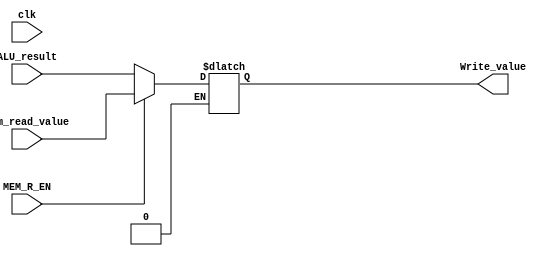
module WB_Stage(
	input clk,
	input MEM_R_EN,
	input [31:0] ALU_result,
	input [31:0] Mem_read_value,
	output reg [31:0] Write_value
);

always @(*) begin
	if(MEM_R_EN == 1'b0)
		Write_value <= ALU_result;
	if(MEM_R_EN == 1'b1)
		Write_value <= Mem_read_value;
end
endmodule // WB_Stage